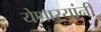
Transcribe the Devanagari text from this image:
येणाऱ्यांनी